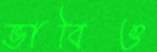
ভাবিও